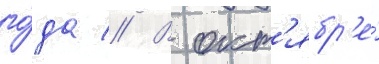
го́да // В окт'ябр'е́